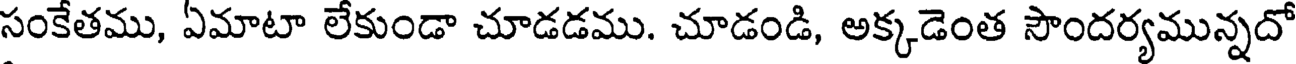
సంకేతము, ఏమాటా లేకుండా చూడడము. చూడండి, అక్కడెంత సౌందర్యమున్నదో